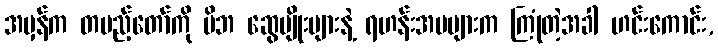
အမှန်က တပည့်တော်ကို မိဘ ဆွေမျိုးများနဲ့ ရဟန်းအမများက ကြုံတဲ့အခါ ဟင်းကောင်း,